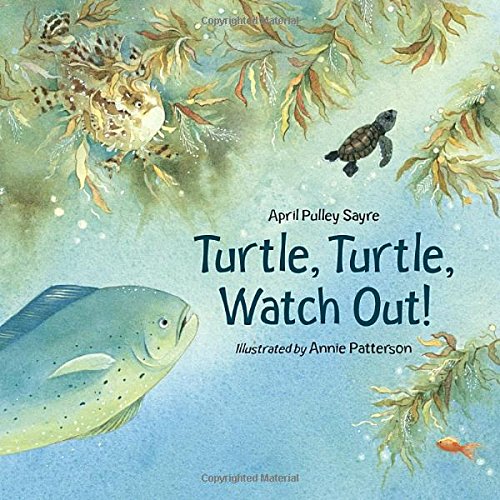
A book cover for Turtle, Turtle, Watch Out!; April Pulley Sayre; Children's Books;